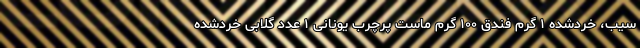
سیب، خردشده ۱ گرم فندق ۱۰۰ گرم ماست پرچرب یونانی ۱ عدد گلابی خردشده